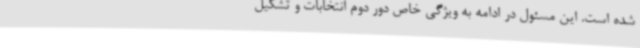
شده است. این مسئول در ادامه به ویژگی خاص دور دوم انتخابات و تشکیل